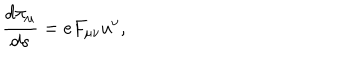
\frac { d \pi _ { \mu } } { d s } = e F _ { \mu \nu } u ^ { \nu } ,